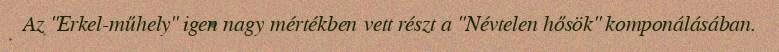
Az "Erkel-műhely" igen nagy mértékben vett részt a "Névtelen hősök" komponálásában.